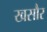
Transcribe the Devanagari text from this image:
खसौर